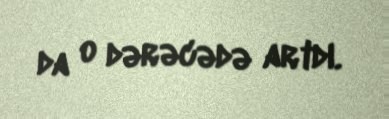
da o dərəcədə artdı.